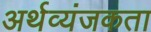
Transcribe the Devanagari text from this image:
अर्थव्यंजकता